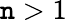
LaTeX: \mathtt{n}>1